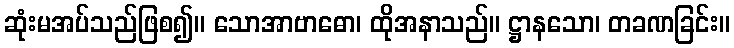
ဆုံးမအပ်သည်ဖြစ၍။ သောအာဗာဓော၊ ထိုအနာသည်။ ဋ္ဌာနသော၊ တခဏခြင်း။